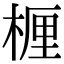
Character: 𬃗